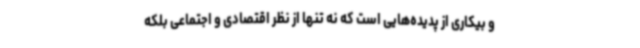
و بیکاری از پدیده‌هایی است که نه تنها از نظر اقتصادی و اجتماعی بلکه